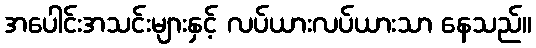
အပေါင်းအသင်းများနှင့် လပ်ယားလပ်ယားသာ နေသည်။